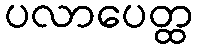
ပလာပေတ္ထ